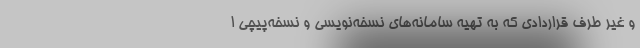
و غیر طرف قراردادی که به تهیه سامانه‌های نسخه‌نویسی و نسخه‌پیچی ا